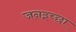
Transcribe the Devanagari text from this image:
जनइच्छा